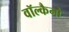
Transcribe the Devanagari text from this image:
वॉल्कैनो